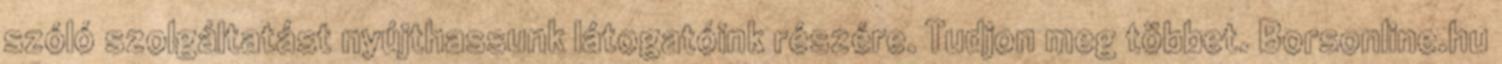
szóló szolgáltatást nyújthassunk látogatóink részére. Tudjon meg többet. Borsonline.hu